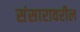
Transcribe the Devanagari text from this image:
संसारावरील